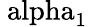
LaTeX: \mathrm{\ alpha_{1}}